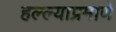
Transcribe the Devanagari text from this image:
हल्ल्याप्रमाणे